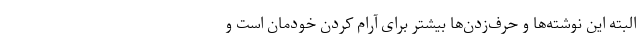
البته این نوشته‌ها و حرف‌زدن‌ها بیشتر برای آرام کردن خودمان است و